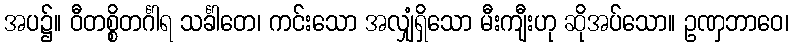
အပ၌။ ဝီတစ္စိတင်္ဂါရ သင်္ခါတေ၊ ကင်းသော အလျှံရှိသော မီးကျီးဟု ဆိုအပ်သော။ ဥဏှဘာဝေ၊